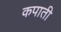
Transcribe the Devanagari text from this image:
कपाती